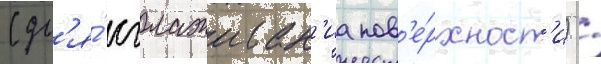
(дл'я́ сглаживан'иа пов'е́рхност'и) /